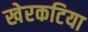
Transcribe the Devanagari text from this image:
खेरकटिया